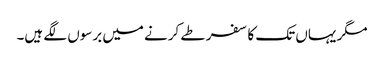
مگر یہاں تک کا سفر طے کرنے میں برسوں لگے ہیں۔